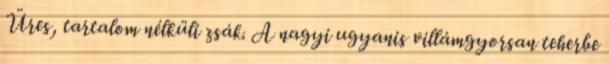
Üres, tartalom nélküli zsák. A nagyi ugyanis villámgyorsan teherbe